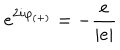
e ^ { 2 i \varphi _ { ( + ) } } = - \frac { e } { | e | }